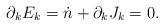
LaTeX: \begin{align*}\partial_{k}E_{k}=\dot n + \partial_{k}J_{k} = 0.\end{align*}